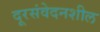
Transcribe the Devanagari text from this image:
दूरसंवेदनशील